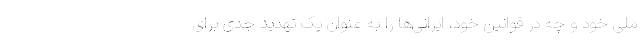
ملی خود و چه در قوانین خود، ایرانی‌ها را به عنوان یک تهدید جدی برای